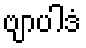
ဗျာပါဒံ